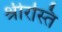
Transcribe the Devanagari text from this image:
श्रीरस्ति